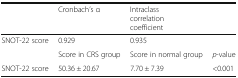
<table><thead><tr><td></td><td><b>Cronbach’s α</b></td><td><b>Intraclass correlation coefficient</b></td><td></td></tr></thead><tbody><tr><td>SNOT-22 score</td><td>0.929</td><td>0.935</td><td></td></tr><tr><td></td><td>Score in CRS group</td><td>Score in normal group</td><td><i>p</i>-value</td></tr><tr><td>SNOT-22 score</td><td>50.36 ± 20.67</td><td>7.70 ± 7.39</td><td>&lt;0.001</td></tr></tbody></table>